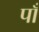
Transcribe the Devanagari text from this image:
पाँ